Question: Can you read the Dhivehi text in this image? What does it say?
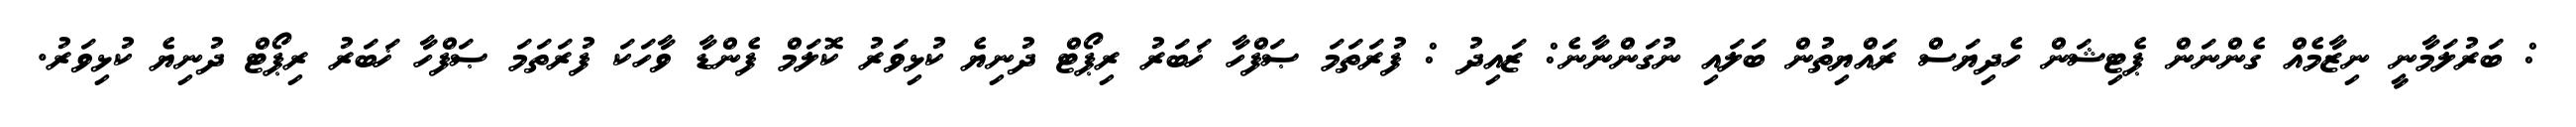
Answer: : ބަރުލަމާނީ ނިޒާމެއް ގެންނަން ޕެޓިޝަން ހެދިޔަސް ރައްޔިތުން ބަލައި ނުގަންނާނެ: ޒައިދު : ފުރަތަމަ ޞަފްހާ ޚަބަރު ރިޕޯޓް ދުނިޔެ ކުޅިވަރު ކޮލަމް ފެންޑާ ވާހަކަ ފުރަތަމަ ޞަފްހާ ޚަބަރު ރިޕޯޓް ދުނިޔެ ކުޅިވަރު.